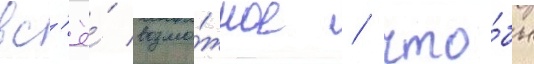
вс'ё́ возмо́жное / что́бы